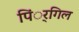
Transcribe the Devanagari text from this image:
पिं्रगिल